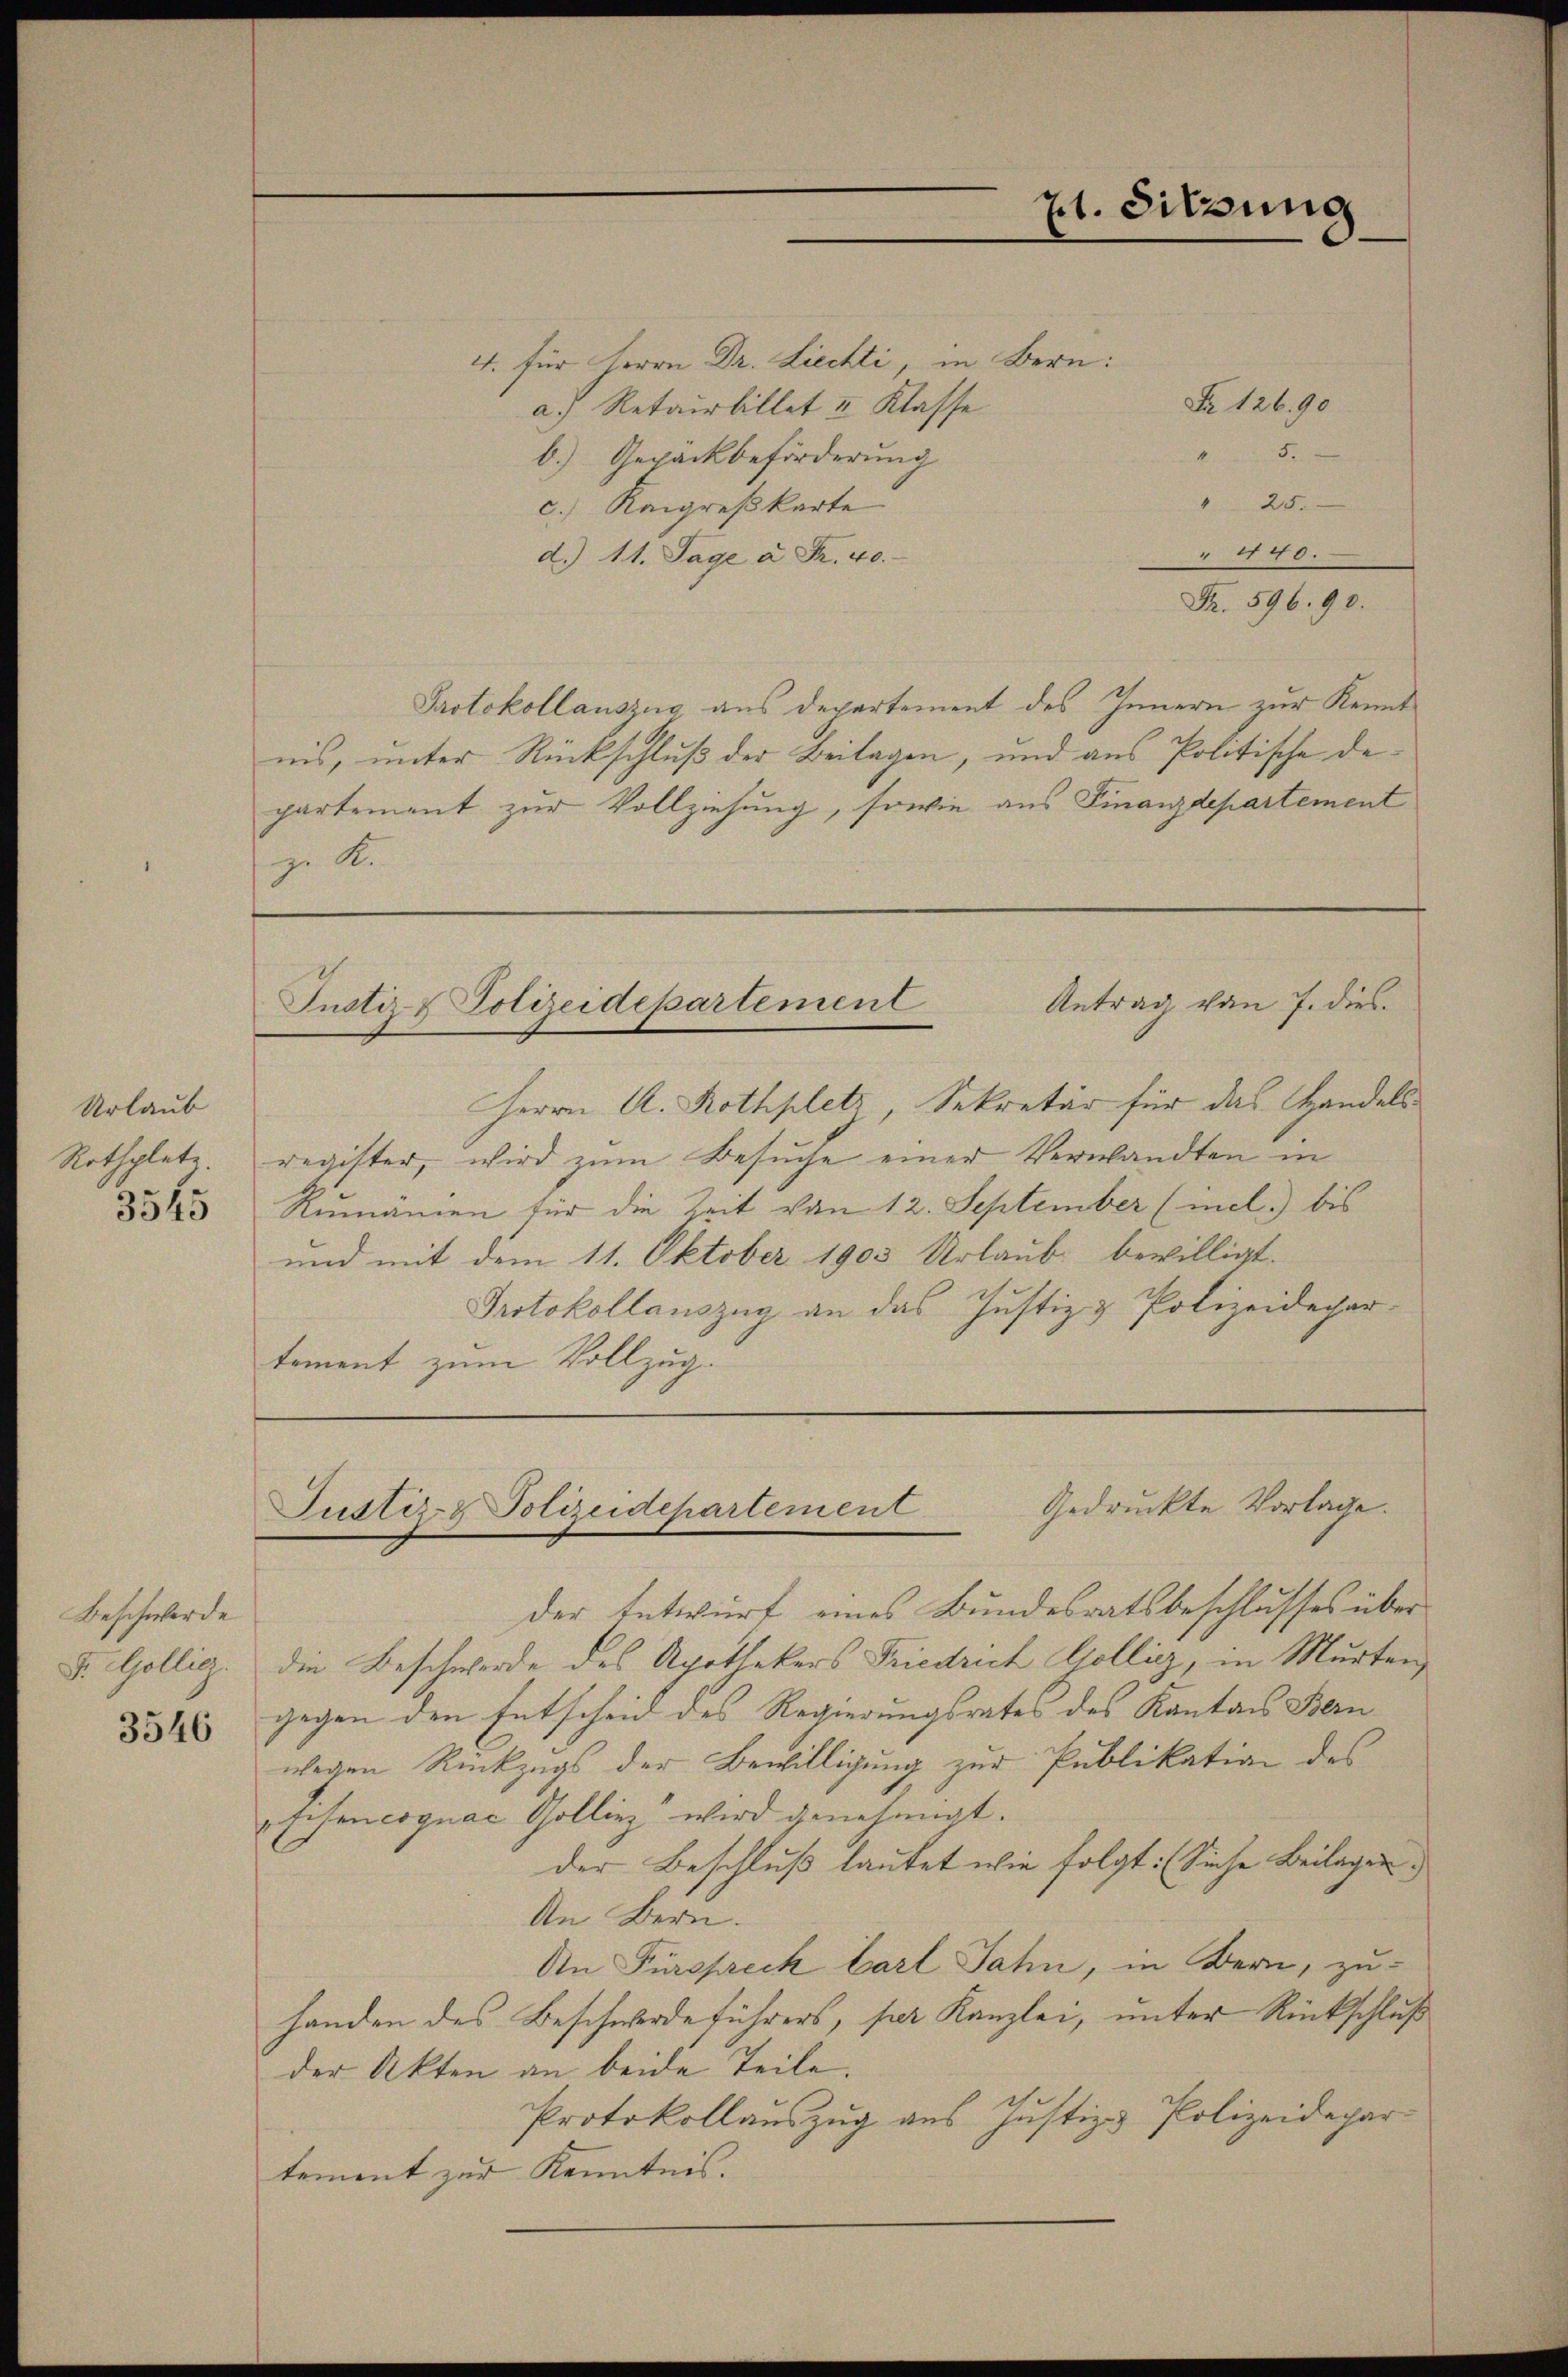
Urlaub
Rothplate
3545

Beschwerde
F. Göllig.

3546

4. für Herrn Dr. Liechti, in Bern:
Nr 126.90
a.) Retourbillet u. Klasse
b.) Gepäckbeförderung
" 25.
c.) Rangreßkarte
4140.
d. 11. Tage à Fr. 40.
Fr. 596. 90.
Protokollauszug aus Departement des Innern zur Kennt
nis, unter Rückschluß der Beilagen, und aus Politische departement zur Vollziehung, sowie aus Finanzdepartement
z. R.

Herrn A. Rothplatz, Sekretär für das Handels
register, wird zum Besuche einer Verwandten in
Rumanien für die Zeit von 12. September (incl. bis
und mit dem 11. Oktober 1903 Urlaub. bewilligt.
Protokollauszug an das Justiz & Polizeidepar-
tement zum Vollzug.

der Entwurf eines Bundesratsbeschlusses über
die Beschwerde des Apothekers Friedrich Gollig, in Murten
gegen den Entscheid des Regierungsrates des Kantons Bern
wegen Rückzugs der Bewilligung zur Publikation des
Eisencognac Gollinz wird genehmigt.
der Beschluß lautet wie folgt: Sieche Beilagen.
An Bern.
An Fürsprech bart Jahn, in Bern, zu-
handen des Beschwerdeführers, per Kanzlei, unter Rückschluß
der Akten an beide Teile.
Protokollauszug aus Justiz & Polizeidepar
tement zur Kenntnis. |

pt. Sitzung

a

Antrag von 7. dies¬
Justiz & Polizeidepartement

Gedruckte Vorlage.
Justiz- & Polizeidepartement